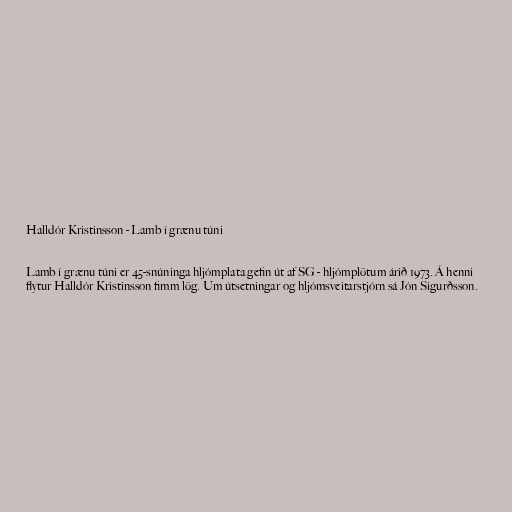
Halldór Kristinsson - Lamb í grænu túni

Lamb í grænu túni er 45-snúninga hljómplata gefin út af SG - hljómplötum árið 1973. Á henni
flytur Halldór Kristinsson fimm lög. Um útsetningar og hljómsveitarstjórn sá Jón Sigurðsson.